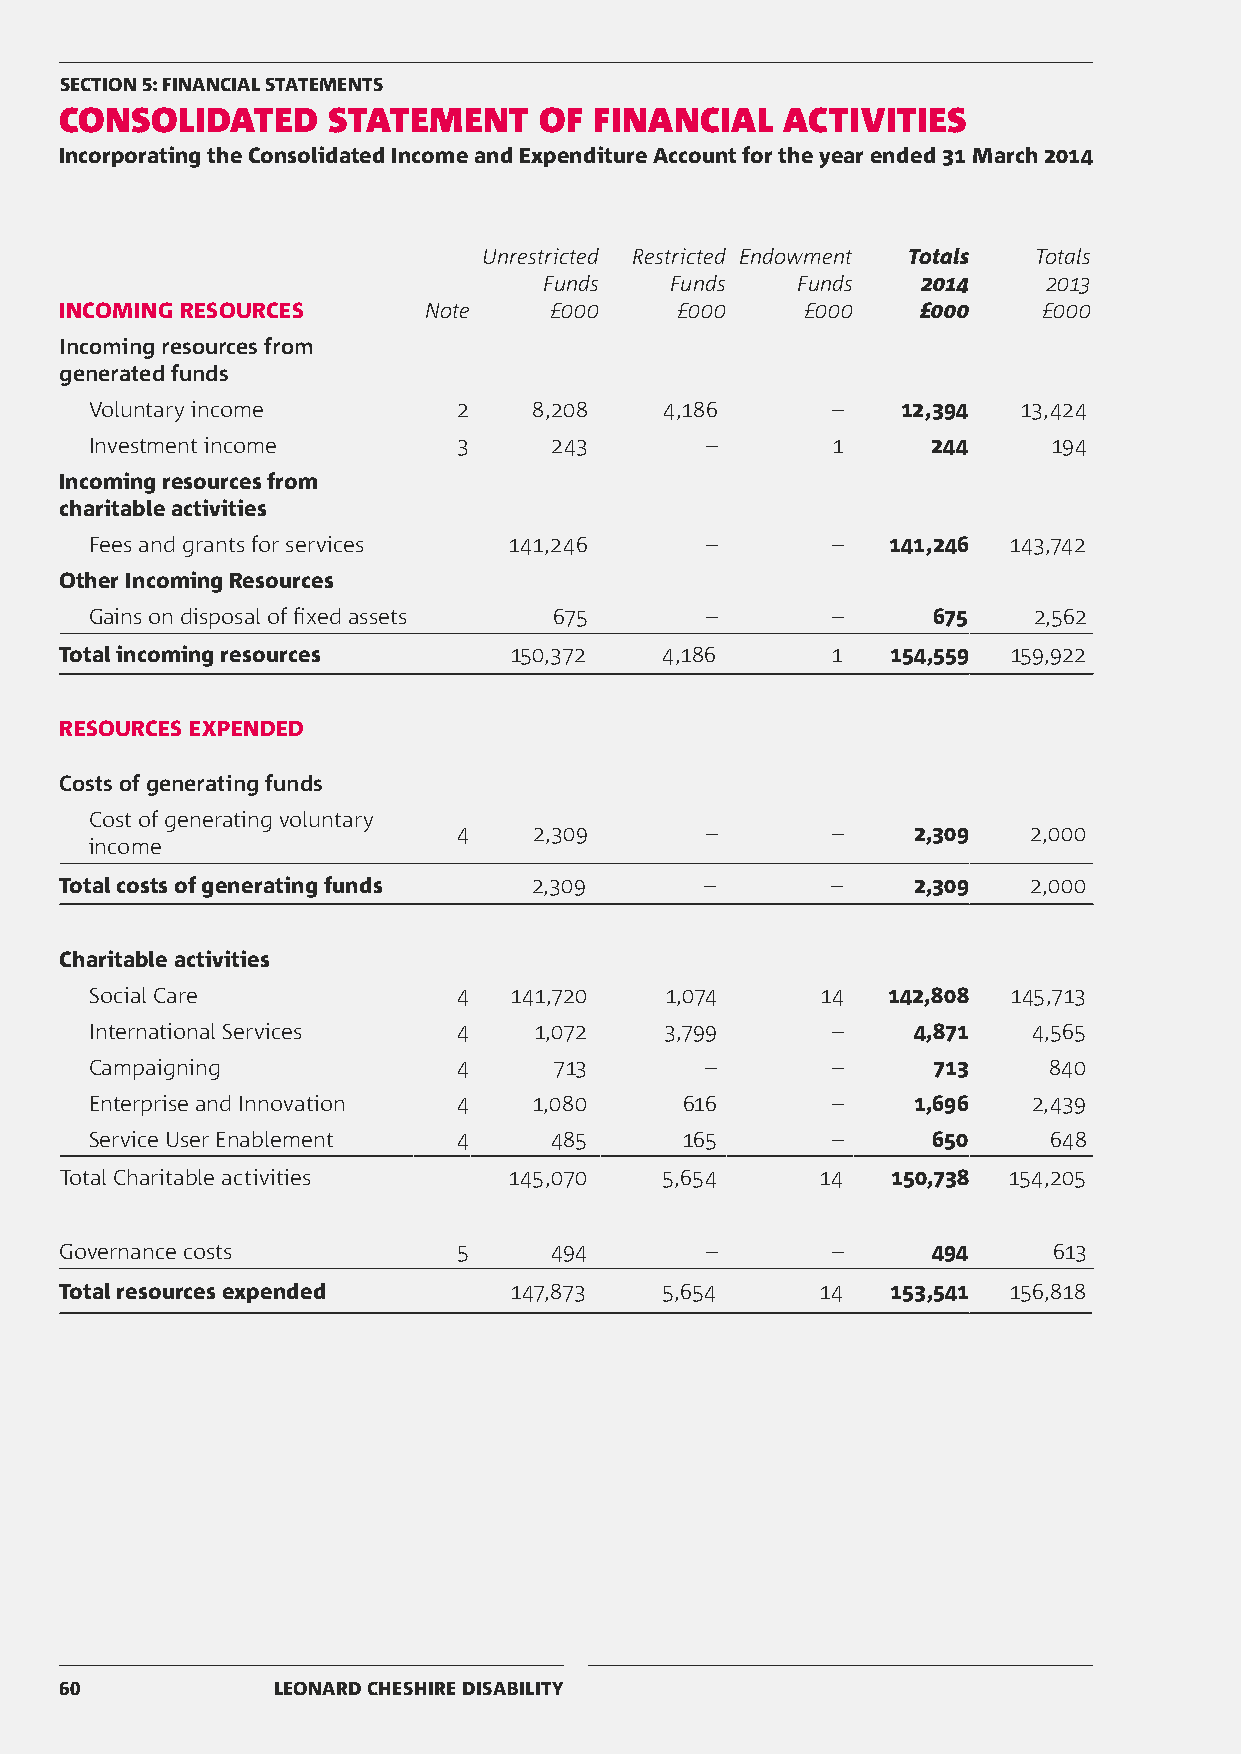
SECTION 5: FINANCIAL STATEMENTS
 CONSOLIDATED      STATEMENT     OF FINANCIAL    ACTIVITIES
 Incorporating the Consolidated Income and Expenditure Account for the year ended 31 March 2014
 Unrestricted Restricted Endowment Totals Totals
 Funds   Funds    Funds   2014    2013
 INCOMING RESOURCES      Note    £000     £000    £000    £000    £000
 Incoming resources from
 generated funds
 Voluntary income        2    8,208    4,186      –    12,394  13,424
 Investment income       3     243        –       1      244     194
 Incoming resources from
 charitable activities
 Fees and grants for services 141,246     –       –   141,246 143,742
 Other Incoming Resources
 Gains on disposal of fixed assets 675    –       –      675   2,562
 Total incoming resources      150,372   4,186      1   154,559 159,922
 RESOURCES EXPENDED
 Costs of generating funds
 Cost of generating voluntary
 4    2,309       –       –    2,309   2,000
 income
 Total costs of generating funds 2,309      –       –    2,309   2,000
 Charitable activities
 Social Care             4   141,720   1,074     14   142,808 145,713
 International Services  4    1,072    3,799      –    4,871   4,565
 Campaigning             4      713       –       –      713    840
 Enterprise and Innovation 4  1,080     616       –    1,696   2,439
 Service User Enablement 4     485      165       –      650    648
 Total Charitable activities   145,070   5,654     14   150,738 154,205
 Governance costs          5     494        –       –      494     613
 Total resources expended      147,873   5,654     14   153,541 156,818
 60            LEONARD CHESHIRE DISABILITY